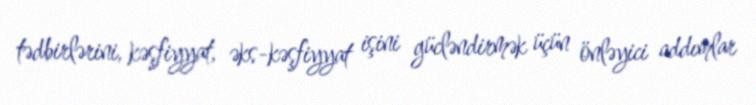
tədbirlərini, kəşfiyyat, əks-kəşfiyyat işini gücləndirmək üçün önləyici addımlar